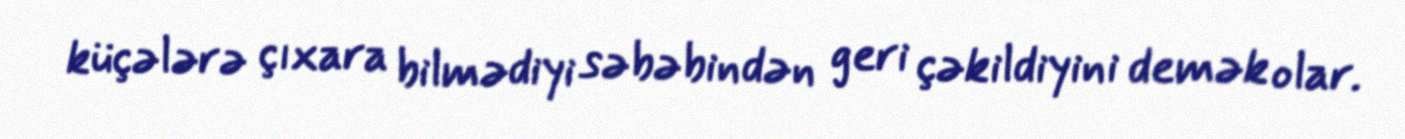
küçələrə çıxara bilmədiyi səbəbindən geri çəkildiyini demək olar.